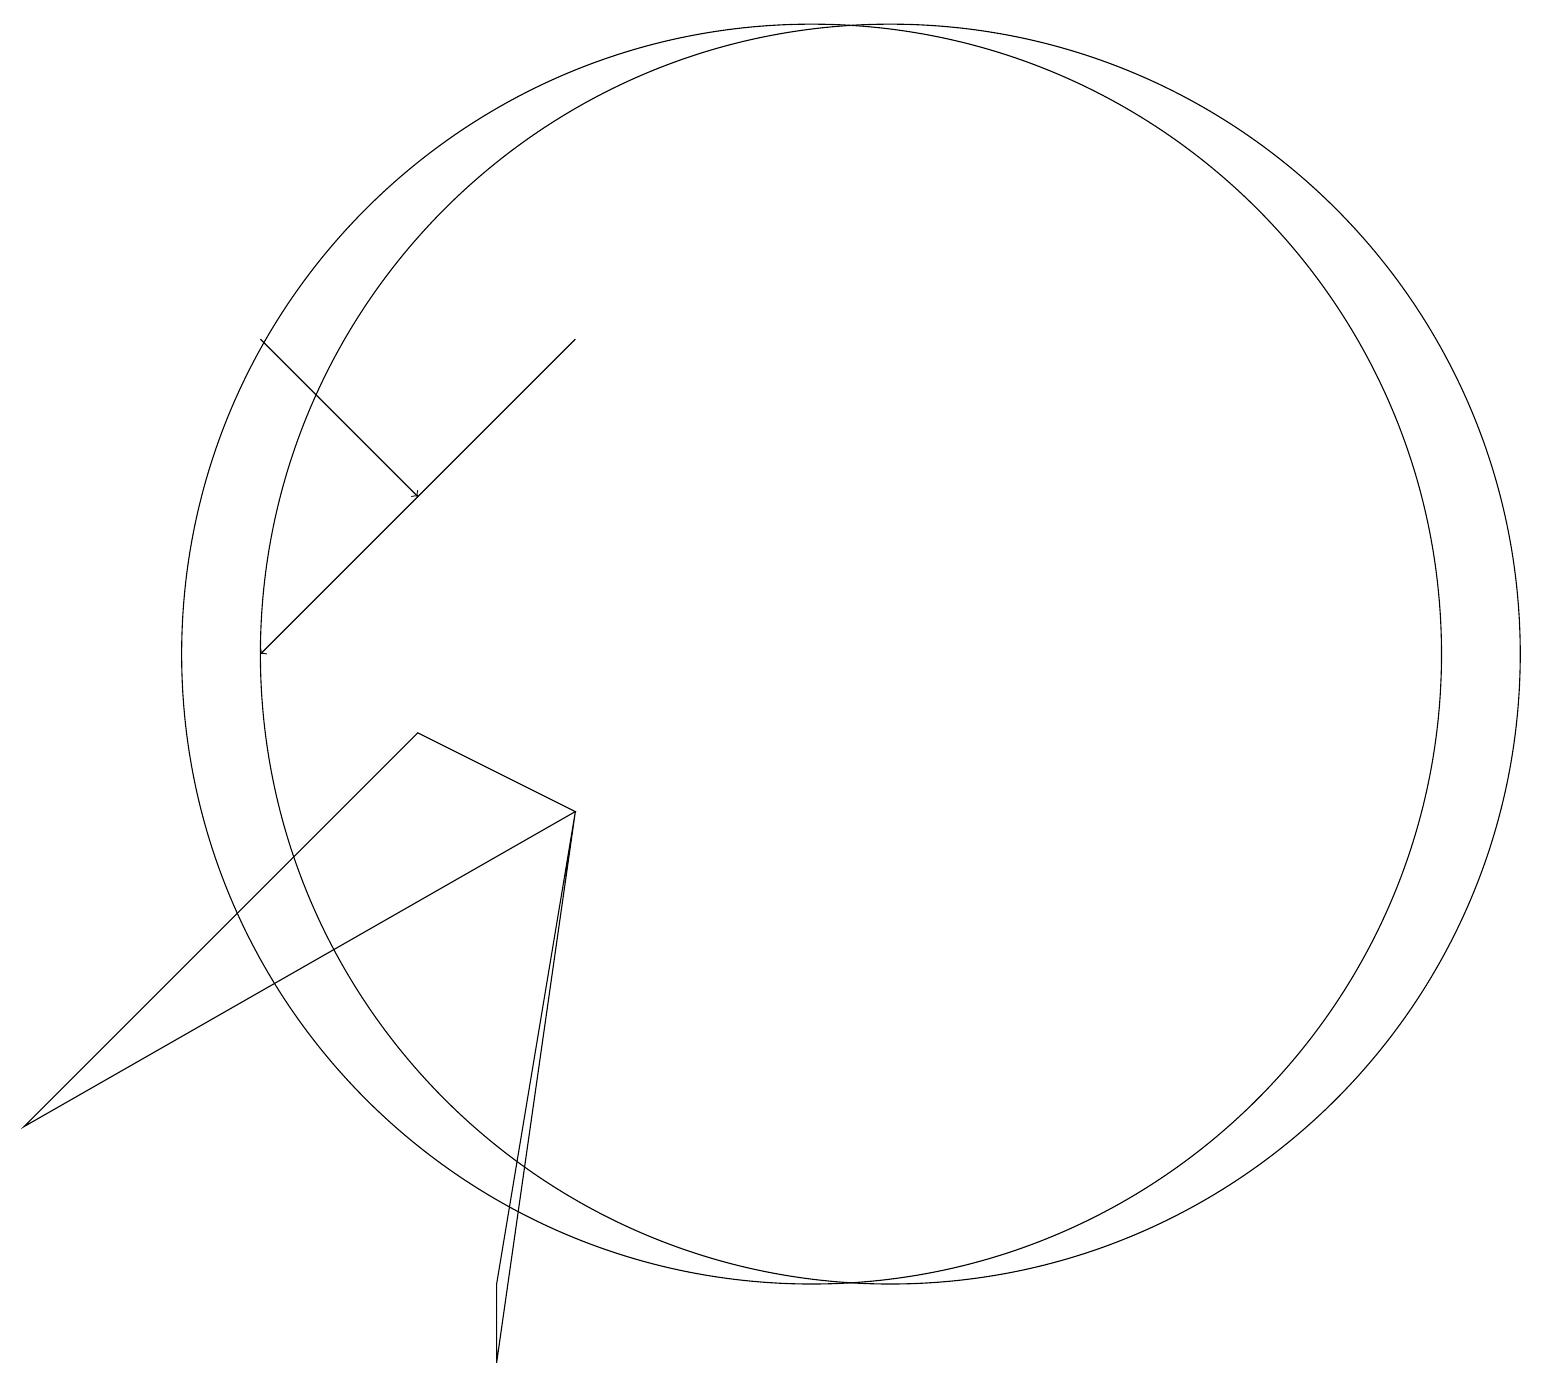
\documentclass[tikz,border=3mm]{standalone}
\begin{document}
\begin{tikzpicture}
\draw[->] (7,14) -- (3,10);
\draw (10,10) circle (8);
\draw (0,4) -- (5,9) -- (7,8) -- cycle;
\draw (6,1) -- (6,2) -- (7,8) -- cycle;
\draw[->] (3,14) -- (5,12);
\draw (11,10) circle (8);
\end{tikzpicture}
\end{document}